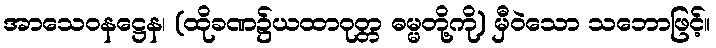
အာသေဝနဋ္ဌေန၊ (ထိုခဏ၌ယထာဝုတ္တ ဓမ္မတို့ကို) မှီဝဲသော သဘောဖြင့်။